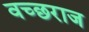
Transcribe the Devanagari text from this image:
वच्छराज